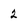
Character: 2